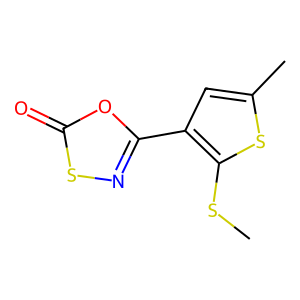
SMILES: CSc1sc(C)cc1-c1nsc(=O)o1
Inhibits HIV replication: No